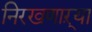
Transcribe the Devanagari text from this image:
निरखणाऱ्या